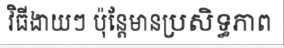
វិធីងាយៗ ប៉ុន្តែមានប្រសិទ្ធភាព